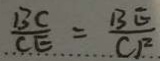
\frac { B C } { C E } = \frac { B E } { C F }